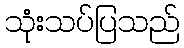
သုံးသပ်ပြသည်